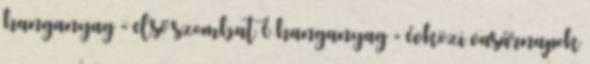
hanganyag - első szombat 6 hanganyag - évközi vasárnapok